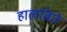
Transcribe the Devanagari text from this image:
हालविते